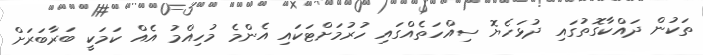
ތަކުން ދައްކާގޮތުގައި ދުޅަހެޔޮ ސިއްހަތެއްގައި ހުރުމަށްޓަކައި އެންމެ މުހިއްމު އެއް ކަމަކީ ބަރާބަރަށް